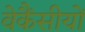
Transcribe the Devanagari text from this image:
वेकैंसीयों